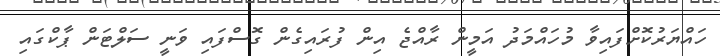
ހައްޔަރުކޮށްފައިވާ މުހައްމަދު އަމީން ރާއްޖެ އިން ފުރައިގެން ގޮސްފައި ވަނީ ސަލްޓަން ޕާކްގައި